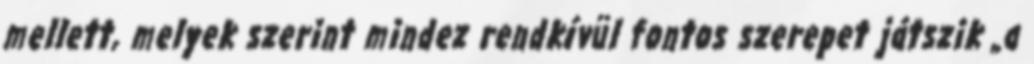
mellett, melyek szerint mindez rendkívül fontos szerepet játszik „a